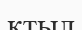
қтыл